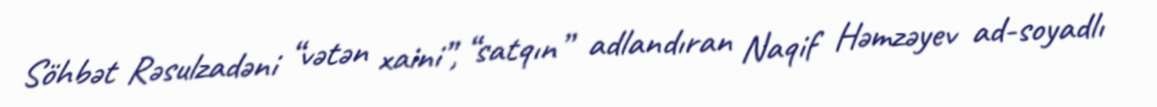
Söhbət Rəsulzadəni “vətən xaini”, “satqın” adlandıran Naqif Həmzəyev ad-soyadlı